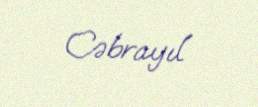
Cəbrayıl